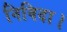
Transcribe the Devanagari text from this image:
निविदा।